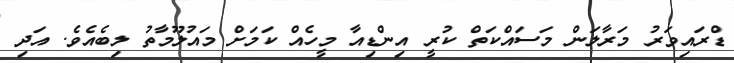
ޑްރައިވަރު މަރާލަން މަސައްކަތް ކުރީ އިންޑިއާ މީހެއް ކަމަށް މައުލޫމާތު ލިބެއެވެ. އަދި